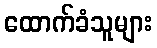
ထောက်ခံသူများ